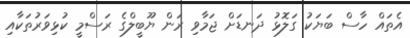
އެތައް ހާސް ބަޔަކު ގަލޮޅު ދަނޑަށް ޖަމާވި ރަން ޔޫބީލްގެ ރަސްމީ ކުޅިވަރުތަކާއި